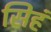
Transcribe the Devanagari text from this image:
सिहं